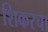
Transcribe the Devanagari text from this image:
शिकरचा